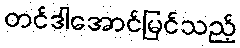
တင်ဒါအောင်မြင်သည့်